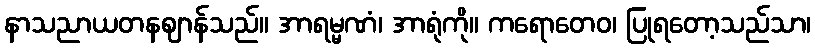
နာသညာယတနဈာန်သည်။ အာရမ္မဏံ၊ အာရုံကို။ ကရောတေဝ၊ ပြုရတော့သည်သာ၊